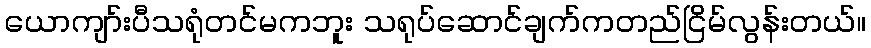
ယောကျာ်းပီသရုံတင်မကဘူး သရုပ်ဆောင်ချက်ကတည်ငြိမ်လွန်းတယ်။